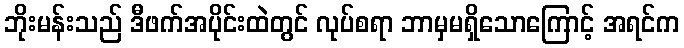
ဘိုးမန်းသည် ဒီဖက်အပိုင်းထဲတွင် လုပ်စရာ ဘာမှမရှိသောကြောင့် အရင်က